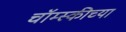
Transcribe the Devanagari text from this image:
चॉम्स्कीच्या